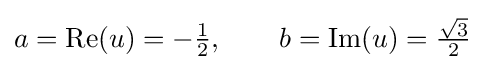
a={\text{Re}}(u)=-{\tfrac {1}{2}},\qquad b={\text{Im}}(u)={\tfrac {\sqrt {3}}{2}}